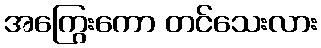
အကြွေးကော တင်သေးလား